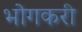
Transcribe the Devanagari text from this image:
भोगकरी